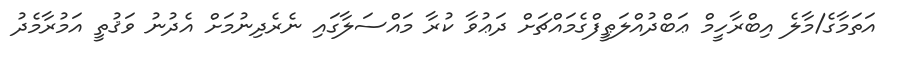
އަތަމާގެ/މާލެ އިބްރާހީމް ޢަބްދުއްލަޠީފްގެމައްޗަށް ދަޢުވާ ކުރާ މައްސަލާގައި ނެރެދިނުމަށް އެދުނު ވަޤުތީ އަމުރާމެދު